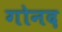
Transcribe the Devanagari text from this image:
गोनद